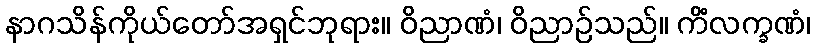
နာဂသိန်ကိုယ်တော်အရှင်ဘုရား။ ဝိညာဏံ၊ ဝိညာဉ်သည်။ ကိံလက္ခဏံ၊